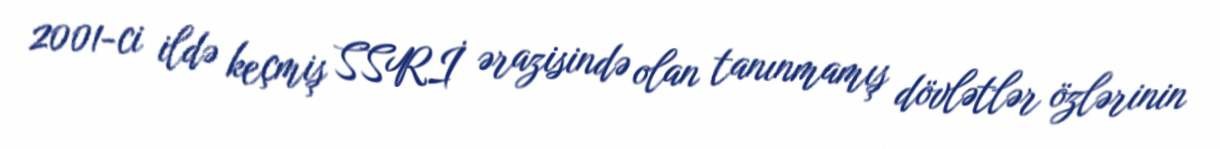
2001-ci ildə keçmiş SSRİ ərazisində olan tanınmamış dövlətlər özlərinin